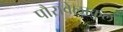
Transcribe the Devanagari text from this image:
पौरावेलाकुल